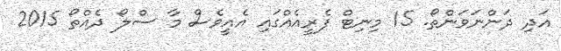
އަދި ދަންނަވަންތޯ. 15 މިނިޓް ފެރީއެއްގައި އެއީވެސް މާ ސްލޯ ދެއްތޯ 2015